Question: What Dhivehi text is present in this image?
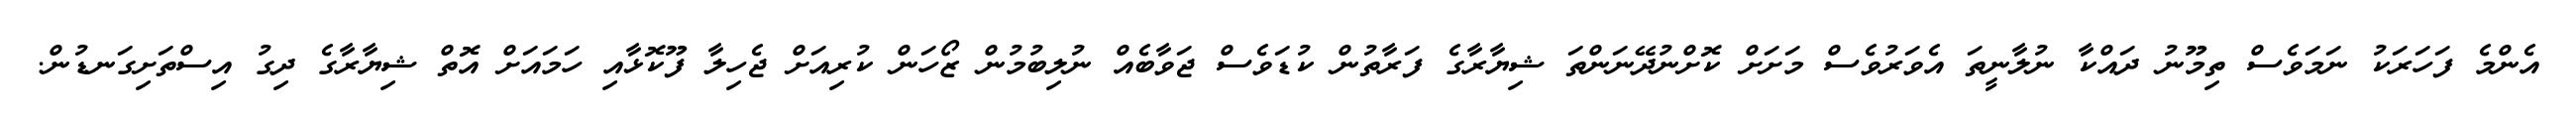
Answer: އެންމެ ފަހަރަކު ނަމަވެސް ތިމޫނު ދައްކާ ނުލާނީތަ އެވަރުވެސް މަށަށް ކޮށްނުދޭނަންތަ ޝިޔާރާގެ ފަރާތުން ކުޑަވެސް ޖަވާބެއް ނުލިބުމުން ޒޯހަން ކުރިއަށް ޖެހިލާ ފޫކޮޅާއި ހަމައަށް އޮތް ޝިޔާރާގެ ދިގު އިސްތަށިގަނޑުން.